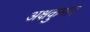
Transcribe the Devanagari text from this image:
अक्षकुमार